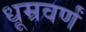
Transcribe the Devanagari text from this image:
धूम्रवर्णं